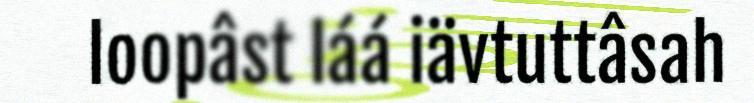
loopâst láá iävtuttâsah